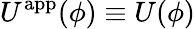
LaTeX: U^{\mathrm{app}}(\phi)\equiv U(\phi)